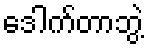
ဒေါက်တာဘွဲ့